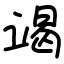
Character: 竭